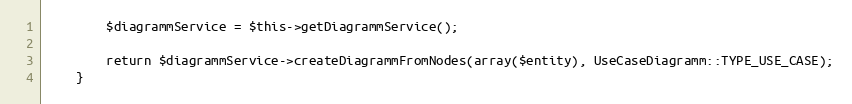
Language: PHP
        $diagrammService = $this->getDiagrammService();

        return $diagrammService->createDiagrammFromNodes(array($entity), UseCaseDiagramm::TYPE_USE_CASE);
    }